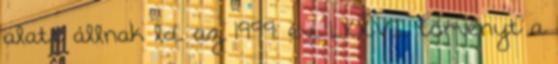
alatt állnak ld. az 1999. évi LXXVI. törvényt a